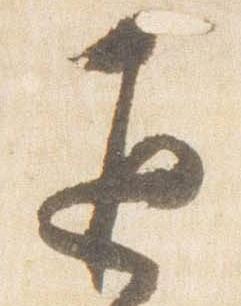
返